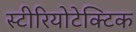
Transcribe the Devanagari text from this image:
स्टीरियोटेक्टिक